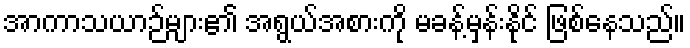
အာကာသယာဉ်များ၏ အရွယ်အစားကို မခန့်မှန်းနိုင် ဖြစ်နေသည်။